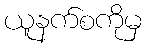
ယူနက်စကိုမှ